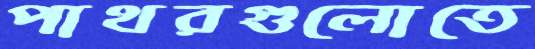
পাথরগুলোতে